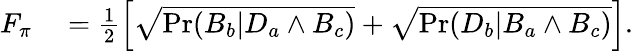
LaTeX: \begin{array}{rl}{F_{\pi}}&{{}=\frac{1}{2}\Big[\sqrt{\operatorname*{Pr}(B_{b}|D_{a}\land B_{c})}+\sqrt{\operatorname*{Pr}(D_{b}|B_{a}\land B_{c})}\Big].}\end{array}